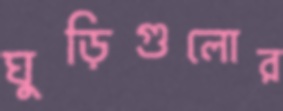
ঘুড়িগুলোর